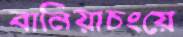
বানিয়াচংয়ে